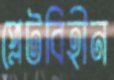
প্লেটবিহীন